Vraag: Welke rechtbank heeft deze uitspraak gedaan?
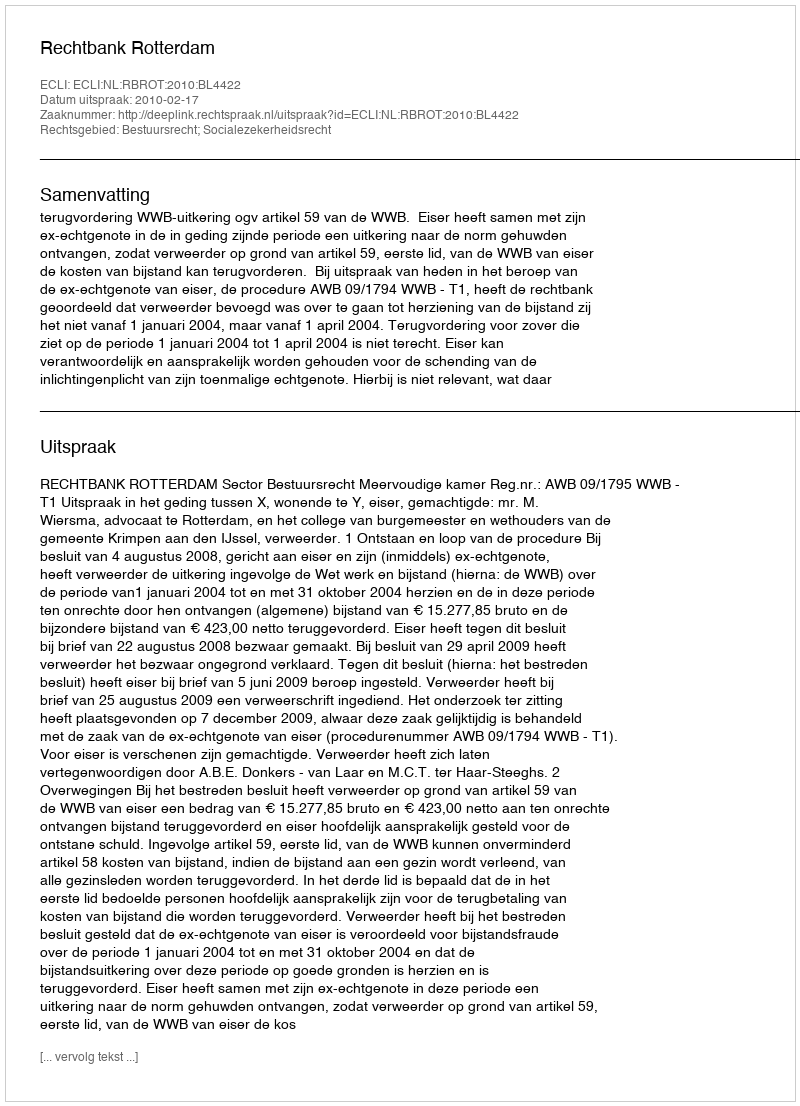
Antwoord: Rechtbank Rotterdam